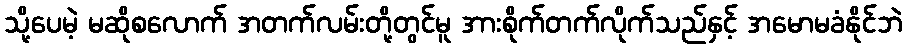
သို့ပေမဲ့ မဆိုစလောက် အတက်လမ်းတို့တွင်မူ အားစိုက်တက်လိုက်သည်နှင့် အမောမခံနိုင်ဘဲ